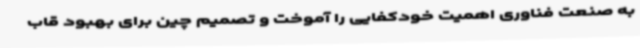
به صنعت فناوری اهمیت خودکفایی را آموخت و تصمیم چین برای بهبود قاب